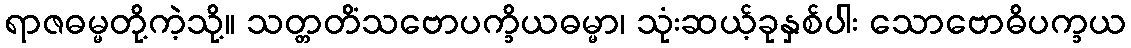
ရာဇဓမ္မတို့ကဲ့သို့။ သတ္တတိံသဗောပက္ခိယဓမ္မာ၊ သုံးဆယ့်ခုနှစ်ပါး သောဗောဓိပက္ခယ